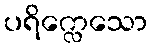
ပရိက္လေသော